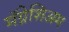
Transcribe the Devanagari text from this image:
मॅग्नेशिअम